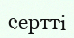
сертті